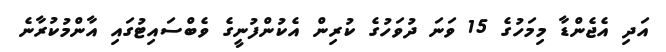
އަދި އެޖެންޑާ މިމަހުގެ 15 ވަނަ ދުވަހުގެ ކުރިން އެކުންފުނީގެ ވެބްސައިޓުގައި އާންމުކުރާނެ